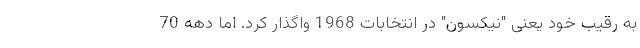
به رقیب خود یعنی "نیکسون" در انتخابات 1968 واگذار کرد. اما دهه 70